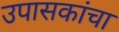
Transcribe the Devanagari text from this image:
उपासकांचा